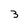
Character: 3